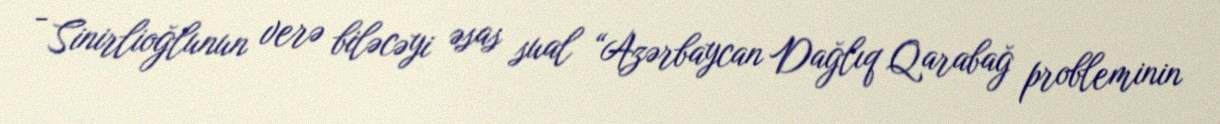
- Sinirlioğlunun verə biləcəyi əsas sual “Azərbaycan Dağlıq Qarabağ probleminin